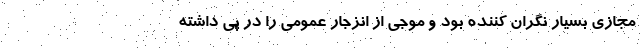
مجازی بسیار نگران کننده بود و موجی از انزجار عمومی را در پی داشته